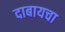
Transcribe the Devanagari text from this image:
दाबायचा